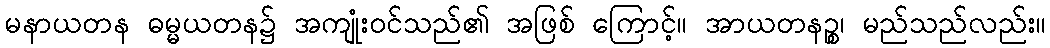
မနာယတန ဓမ္မယတန၌ အကျုံးဝင်သည်၏ အဖြစ် ကြောင့်။ အာယတနဉ္စ၊ မည်သည်လည်း။